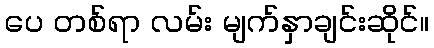
ပေ တစ်ရာ လမ်း မျက်နှာချင်းဆိုင်။